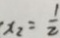
x _ { 2 } = \frac { 1 } { 2 }